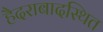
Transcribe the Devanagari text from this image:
हैदराबादस्थित